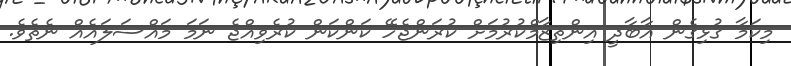
މިކަމާ ގުޅިގެން އާބާދީ އިންތިޒާމްކުރުމަށް ކުރަންޖެހޭ ކަންކަން ކުރެވިއްޖެ ނަމަ މައްސަލައެއް ނެތެވެ.